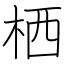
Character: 栖